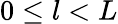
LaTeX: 0\leq l<L